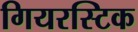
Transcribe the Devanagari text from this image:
गियरस्टिक